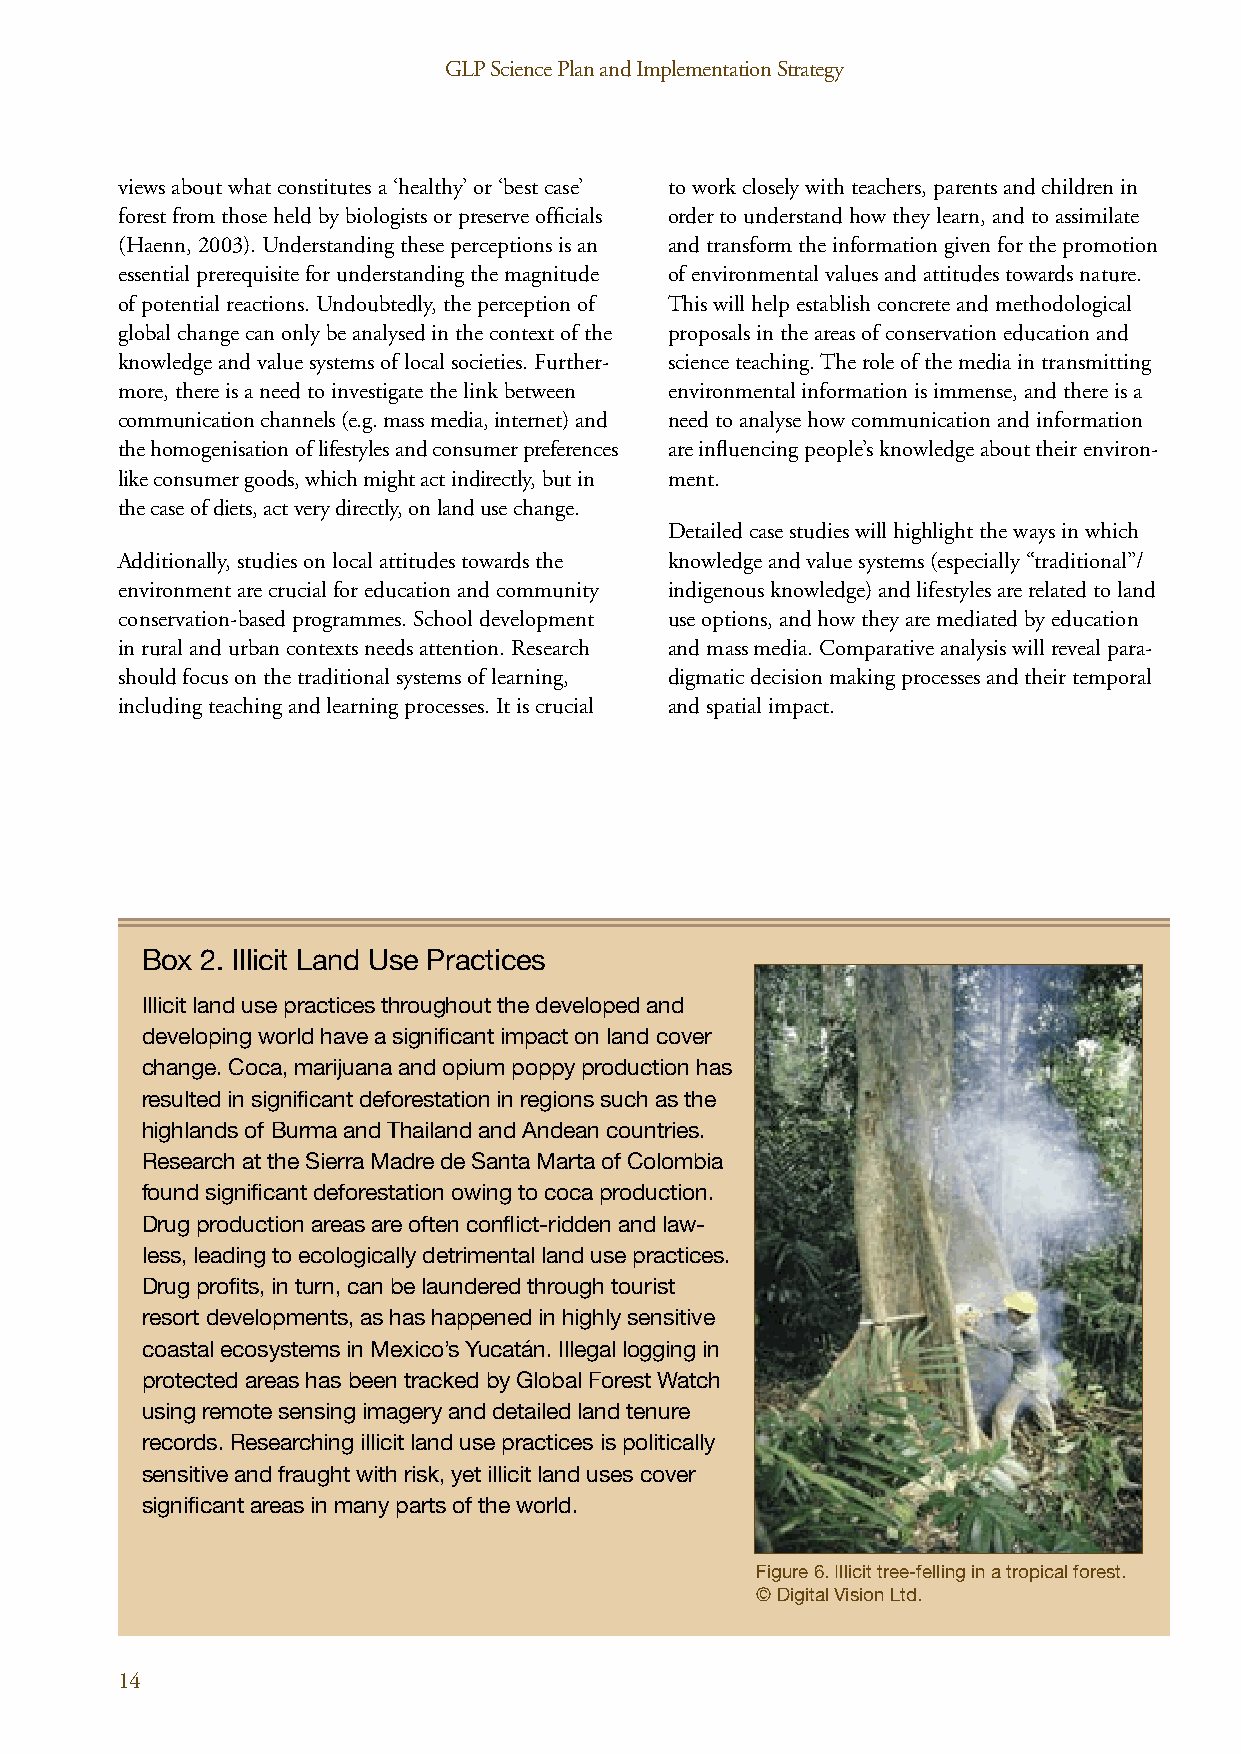
GLP Science Plan and Implementation Strategy                                   GLP Science Plan and Implementation Strategy
 views about what constitutes a ‘healthy’ or ‘best case’ to work closely with teachers, parents and children in
 forest from those held by biologists or preserve officials order to understand how they learn, and to assimilate
 (Haenn, 2003). Understanding these perceptions is an and transform the information given for the promotion
 essential prerequisite for understanding the magnitude of environmental values and attitudes towards nature.
 of potential reactions. Undoubtedly, the perception of This will help establish concrete and methodological
 global change can only be analysed in the context of the proposals in the areas of conservation education and
 knowledge and value systems of local societies. Further- science teaching. The role of the media in transmitting
 more, there is a need to investigate the link between environmental information is immense, and there is a
 communication channels (e.g. mass media, internet) and need to analyse how communication and information
 the homogenisation of lifestyles and consumer preferences are influencing people’s knowledge about their environ-
 like consumer goods, which might act indirectly, but in ment.
 the case of diets, act very directly, on land use change.
 Detailed case studies will highlight the ways in which
 Additionally, studies on local attitudes towards the knowledge and value systems (especially “traditional”/
 environment are crucial for education and community indigenous knowledge) and lifestyles are related to land
 conservation-based programmes. School development use options, and how they are mediated by education
 in rural and urban contexts needs attention. Research and mass media. Comparative analysis will reveal para-
 should focus on the traditional systems of learning, digmatic decision making processes and their temporal
 including teaching and learning processes. It is crucial and spatial impact.
 Box 2. Illicit Land Use Practices
 Illicit land use practices throughout the developed and
 developing world have a significant impact on land cover
 change. Coca, marijuana and opium poppy production has
 resulted in significant deforestation in regions such as the
 highlands of Burma and Thailand and Andean countries.
 Research at the Sierra Madre de Santa Marta of Colombia
 found significant deforestation owing to coca production.
 Drug production areas are often conflict-ridden and law-
 less, leading to ecologically detrimental land use practices.
 Drug profits, in turn, can be laundered through tourist
 resort developments, as has happened in highly sensitive
 coastal ecosystems in Mexico’s Yucatán. Illegal logging in
 protected areas has been tracked by Global Forest Watch
 using remote sensing imagery and detailed land tenure
 records. Researching illicit land use practices is politically
 sensitive and fraught with risk, yet illicit land uses cover
 significant areas in many parts of the world.
 Figure 6. Illicit tree-felling in a tropical forest.
 © Digital Vision Ltd.
 14                                                                                                                                                 15